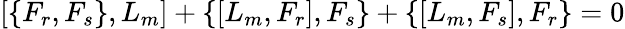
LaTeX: \left[\{ F_{r},F_{s}\} ,L_{m}\right]+\{ [L_{m},F_{r}],F_{s}\} +\{ [L_{m},F_{s}],F_{r}\} =0